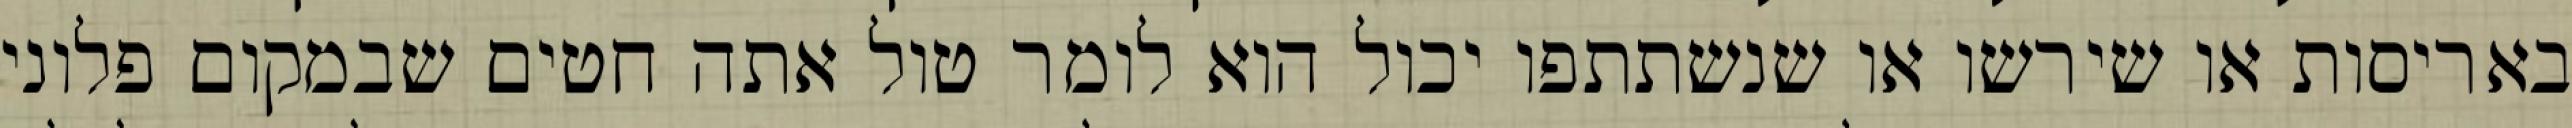
באריסות או שירשו או שנשתתפו יכול הוא לומר טול אתה חטים שבמקום פלוני